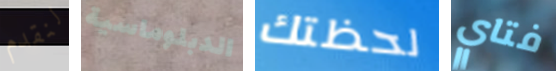
لنقدم الدبلوماسية لحظتك فتاي